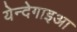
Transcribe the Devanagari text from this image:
येन्देगाइआ